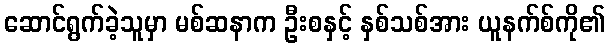
ဆောင်ရွက်ခဲ့သူမှာ မစ်ဆနာက ဦးစနှင့် နှစ်သစ်အား ယူနက်စ်ကို၏